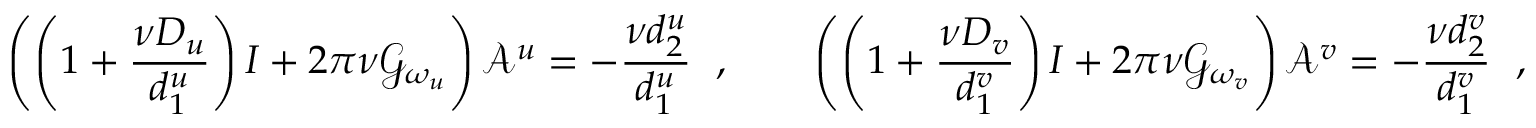
\left( \left( 1 + \frac { \nu D _ { u } } { d _ { 1 } ^ { u } } \right) I + 2 \pi \nu \mathcal { G } _ { \omega _ { u } } \right) { \bf { \mathcal { A } } } ^ { u } = - \frac { \nu d _ { 2 } ^ { u } } { d _ { 1 } ^ { u } } \, { \bf \mu } \, , \qquad \left( \left( 1 + \frac { \nu D _ { v } } { d _ { 1 } ^ { v } } \right) I + 2 \pi \nu \mathcal { G } _ { \omega _ { v } } \right) { \bf { \mathcal { A } } } ^ { v } = - \frac { \nu d _ { 2 } ^ { v } } { d _ { 1 } ^ { v } } \, { \bf \eta } \, ,